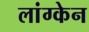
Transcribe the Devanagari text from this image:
लांग्केन